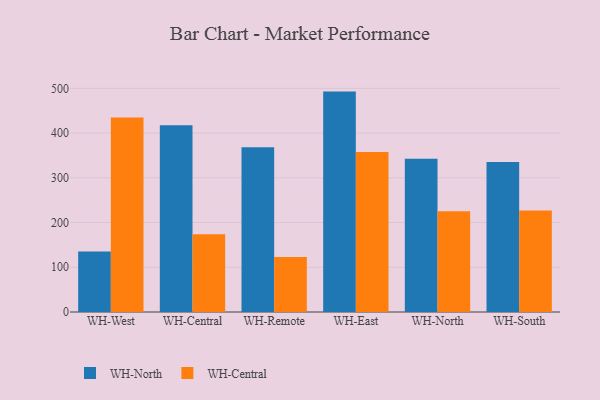
{"axis": {"x": "Warehouse", "y": "Market Share (%)"}, "legend": ["WH-Central", "WH-North"], "data": [{"x": "WH-West", "y": 135.4, "type": "WH-North"}, {"x": "WH-West", "y": 434.8, "type": "WH-Central"}, {"x": "WH-Central", "y": 417.3, "type": "WH-North"}, {"x": "WH-Central", "y": 173.8, "type": "WH-Central"}, {"x": "WH-Remote", "y": 368.4, "type": "WH-North"}, {"x": "WH-Remote", "y": 122.7, "type": "WH-Central"}, {"x": "WH-East", "y": 492.8, "type": "WH-North"}, {"x": "WH-East", "y": 357.7, "type": "WH-Central"}, {"x": "WH-North", "y": 342.4, "type": "WH-North"}, {"x": "WH-North", "y": 225.2, "type": "WH-Central"}, {"x": "WH-South", "y": 335.6, "type": "WH-North"}, {"x": "WH-South", "y": 226.7, "type": "WH-Central"}]}